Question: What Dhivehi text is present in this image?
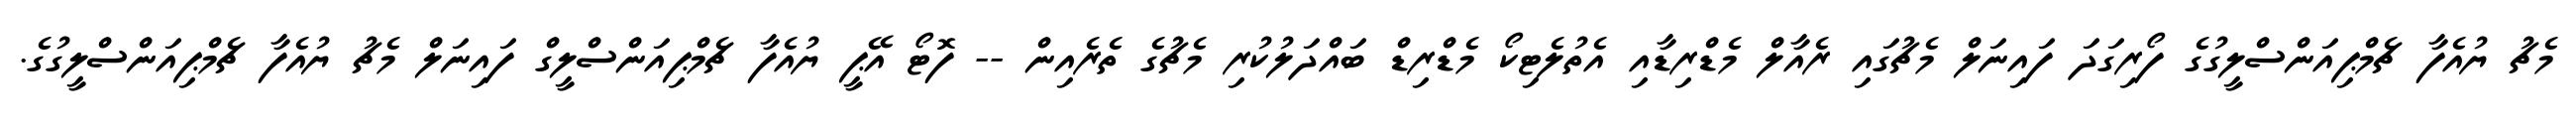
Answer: މެޗު ޔުއެފާ ޗެމްޕިއަންސްލީގުގެ ފޯރިގަދަ ފައިނަލް މެޗުގައި ރެއާލް މެޑްރިޑާއި އެތުލެޓިކޯ މެޑްރިޑް ބައްދަލުކުރި މެޗުގެ ތެރެއިން -- ފޮޓޯ އޭޕީ ޔުއެފާ ޗެމްޕިއަންސްލީގް ފައިނަލް މެޗު ޔުއެފާ ޗެމްޕިއަންސްލީގުގެ.